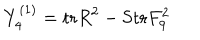
Y _ { 4 } ^ { ( 1 ) } = \mathrm { t r } R ^ { 2 } - \mathrm { S t r } F _ { 9 } ^ { 2 }